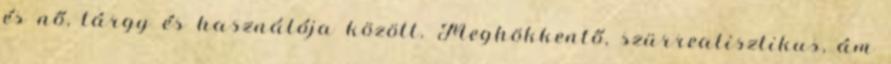
és nő, tárgy és használója között. Meghökkentő, szürrealisztikus, ám